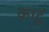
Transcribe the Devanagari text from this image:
काटु